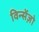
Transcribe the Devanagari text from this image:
विन्सेंज़ो